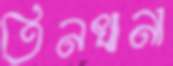
তিনখানা